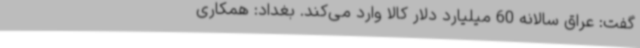
گفت: عراق سالانه 60 میلیارد دلار کالا وارد می‌کند. بغداد: همکاری